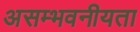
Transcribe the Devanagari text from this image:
असम्भवनीयता